Report of the Bombay Plague Committee
Disease focus: Plague
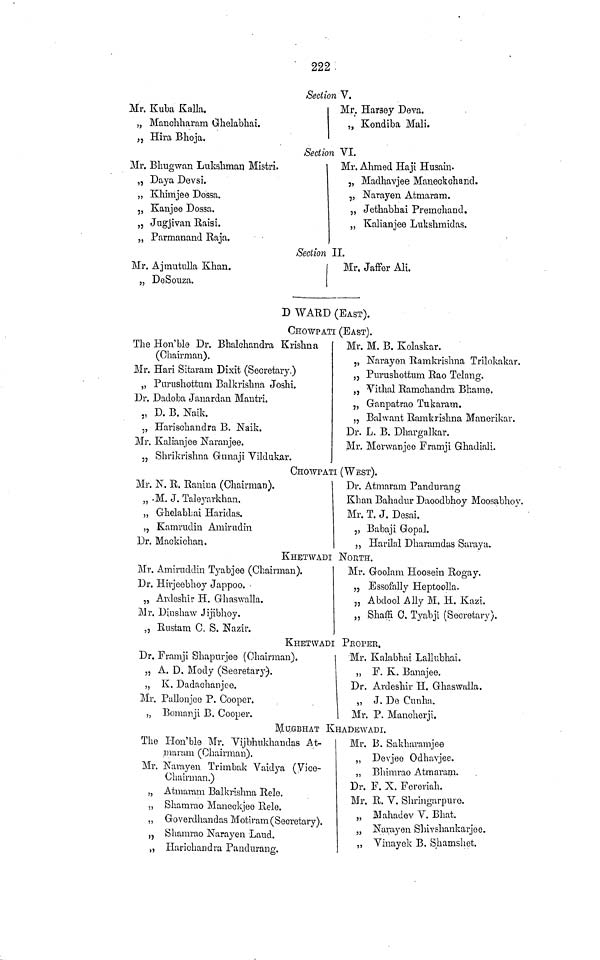
222
Section V.
Mr. Kuba Kalla.
„ Mauchharam Ghelabhai.
„ Hira Bhoja.
Mr. Harsey Deva.
„ Kondiba Mali.
Section VI.
Mr. Bhugwan Lukslimarj Mistri.
„ Daya Devsi.
„ Khimjee Dossa.
„ Kanjee Dossa.
„ Jugjivan Raisi.
„ Parmanand Raja.
Mr. Ahmed Haji Husain-
„ Madhavjee Maneckchand.
j, Narayen Atmaram.
,, Jethabhai Premchand.
„ Kalianjee Lukshmidas.
Section II.
Mr. Ajtnutulla Khan.
„ DeSouza.
Mr. Jaffer AH.
D WARD (EAST).
CHOWPATI (EAST).
The Hon'ble Dr. Bhalohandra Krishna
(Chairman),
Mr. Hari Sitaram Dixit (Secretary.)
„ Purushottum Balkrishna Joshi.
Dr. Dadoba Janardan Mautri.
„ D. B. Naik.
„ Harischandra B. Naik.
Mr. Ivalianjee Naranjee.
?5 Shrikrishna Gunaji Vildukar.
Mr. M. B. Kolaskar.
„ Narayen Ramkrishna Trilokakar.
, 7 Purushottum Rao Telang.
„ Vithal Ramchandra Bhame.
„ Ganpatrao Tukaram.
, ? Bahvant Ramkrishna Manerikar.
Dr. L. B. Dhargalkar.
Mr. Merwanjee Framji Ghadiali.
CHOWPATI (WEST).
Mr. N. R. Raniua (Chairman).
„ .M. J. Taleyarkhan.
„ Ghelabhai Haridas.
,, Kamrudin Amirudin
Dr. Maokichan.
Dr. Atmaram Pandurang
Khan Bahadur Daoodhhoy Moosabhoy.
Mr. T. J. Desai.
,, Babaji Gopal.
,, Harilal Dharamdas Saraya.
KHETWADI NOETH.
Mr. Amiruddin Tyabjee (Chairman).
Dr. Hirjeebhoy Jappoo.
„ Ardeshir H. Ghaswalla.
Mr. Dinshaw Jijibhoy.
„ Rnstam C. S. Nazir.
Mr. Goolam Hoosein Rogay.
„ Essofally Heptoolla.
„ Abdool Ally M. H. Kazi.
„ Shaffi 0. Tyabji (Secretary).
KHETWADI PROPER.
Dr. Framji Bhapnrjee (Chairman).
„ A. D. Mody (Secretary).
„ K. Dadachanjee.
Mr. Pallonjeo P. Cooper.
„ Bomar.ji B. Cooper.
Mr. Kalabhai Lallubhai.
„ F. K. Banajee.
Dr. Ardeshir H. Ghaswalla.
,, J. De Cunha.
Mr. P. Mancherji.
]\£U.GBHAT KHADEWADI.
The Hon'ble Mr. Vijbhukhandas At-
maram (Chairman).
Mr. Navayen Trimbak Vaidya (Vice-
/^l
"
\
biuurman.)
„ Atmaram Balkrishna Rele.
,, Shamrao Maneckjeo Rele.
,, Goverdhandas MotiramCSecretarv). \
»/ /
„ Shamrao Narayen Laud.
>, Harichandra Pandnrang.
Mr. B. Sakharamjee
,, Devjeo Odhavjee.
„ Bhimrao Atmaram.
Dr. F. X. Fereriah.
Mr. R. V. Shringarpure.
„ Mahadev V. Bhat.
„ Narayen Shivshankarjoe.
„ Vinayek B. Shamshot.